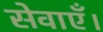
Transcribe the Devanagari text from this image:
सेवाएँ।